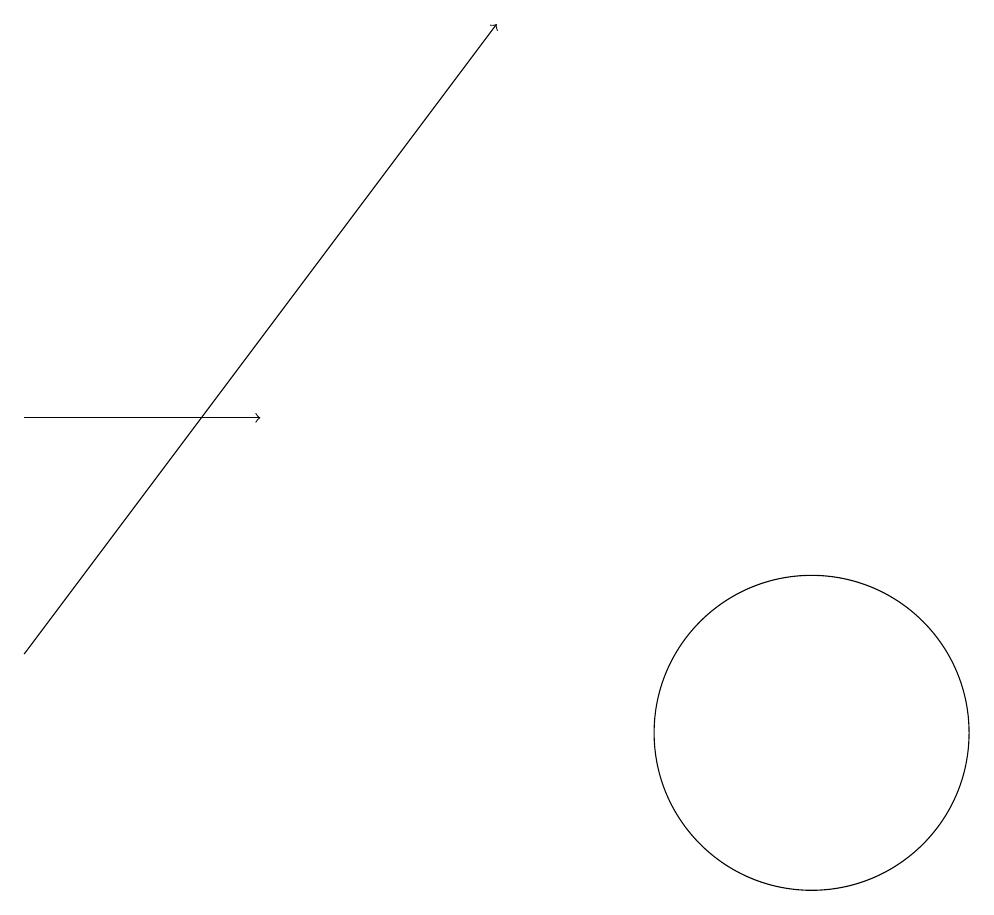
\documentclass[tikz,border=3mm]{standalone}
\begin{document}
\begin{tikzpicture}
\draw[->] (0,14) -- (3,14);
\draw (10,10) circle (2);
\draw[->] (0,11) -- (6,19);
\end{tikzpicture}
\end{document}